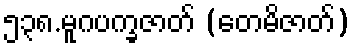
၅၃၈.မူဂပက္ခဇာတ် (တေမိဇာတ်)